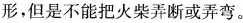
形，但是不能把火柴弄断或弄弯。